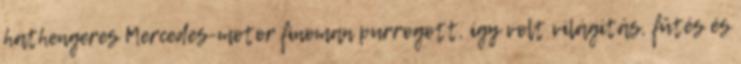
hathengeres Mercedes-motor finoman purrogott, így volt világítás, fűtés és